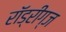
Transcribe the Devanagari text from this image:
रॉड्रीग्ज